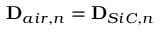
\mathbf { D } _ { a i r , n } = \mathbf { D } _ { S i C , n }